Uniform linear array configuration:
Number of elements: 24
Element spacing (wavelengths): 1
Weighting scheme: uniform
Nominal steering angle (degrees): -15
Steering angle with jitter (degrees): -15.035
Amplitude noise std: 0.05
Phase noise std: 0.05

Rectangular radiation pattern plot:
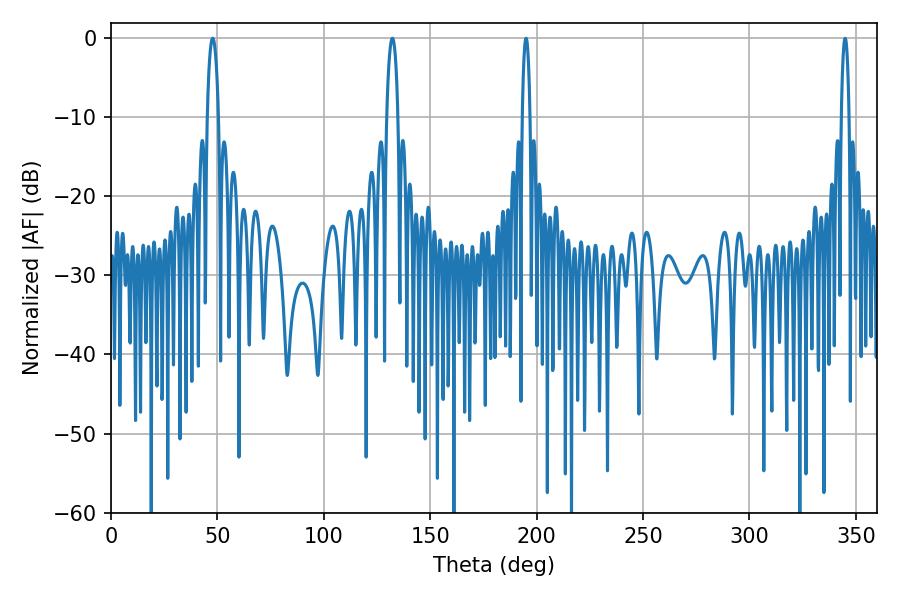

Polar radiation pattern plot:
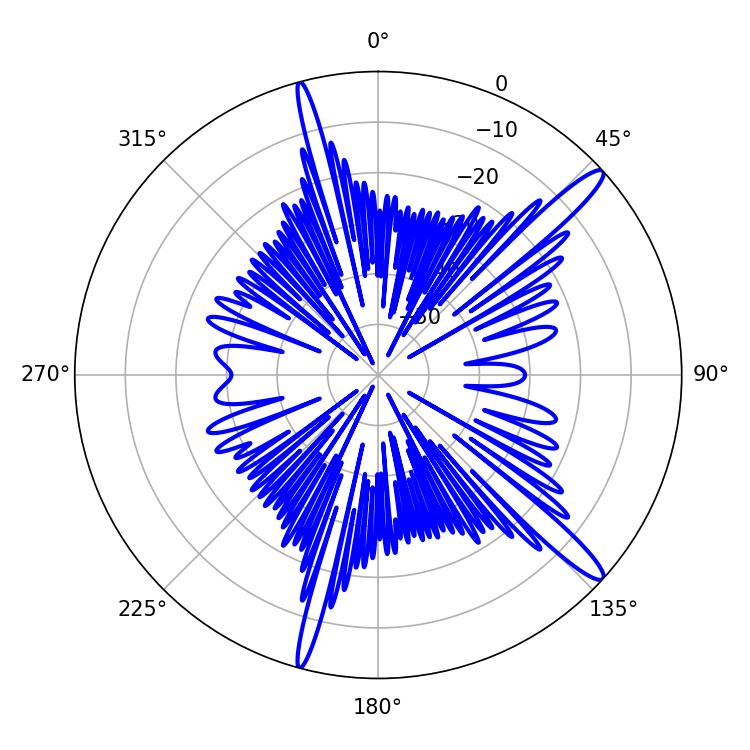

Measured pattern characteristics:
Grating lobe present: TRUE
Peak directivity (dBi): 14.681
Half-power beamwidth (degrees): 3.06
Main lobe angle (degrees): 47.7